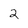
Character: 2